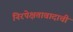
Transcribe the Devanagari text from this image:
निरपेक्षतावादाची